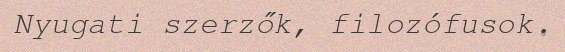
Nyugati szerzők, filozófusok.